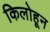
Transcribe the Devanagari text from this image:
किलोहून